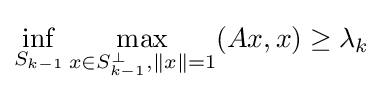
\inf _{S_{k-1}}\max _{x\in S_{k-1}^{\perp },\|x\|=1}(Ax,x)\geq \lambda _{k}